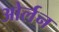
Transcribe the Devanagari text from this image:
ओर्लन